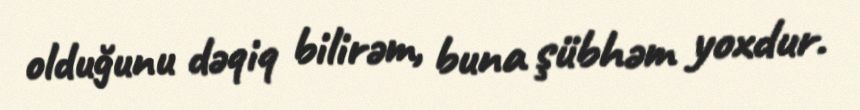
olduğunu dəqiq bilirəm, buna şübhəm yoxdur.